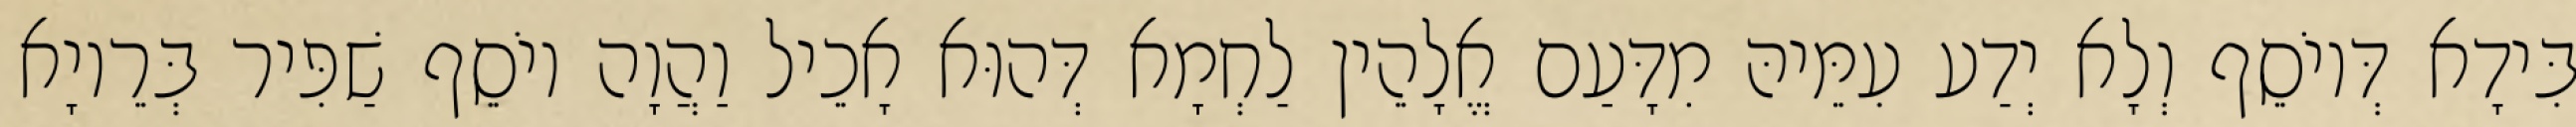
בִּידָא דְּיוֹסֵף וְלָא יְדַע עִמֵּיהּ מִדָּעַם אֱלָהֵין לַחְמָא דְּהוּא אָכֵיל וַהֲוָה יוֹסֵף שַׁפִּיר בְּרֵיוָא